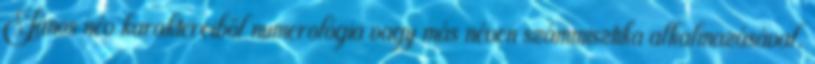
János név karaktereiből numerológia vagy más néven számmisztika alkalmazásával.